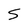
Character: S